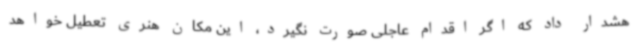
هشدار داد که اگر اقدام عاجلی صورت نگیرد، این مکان هنری تعطیل خواهد